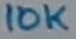
Text: 10K